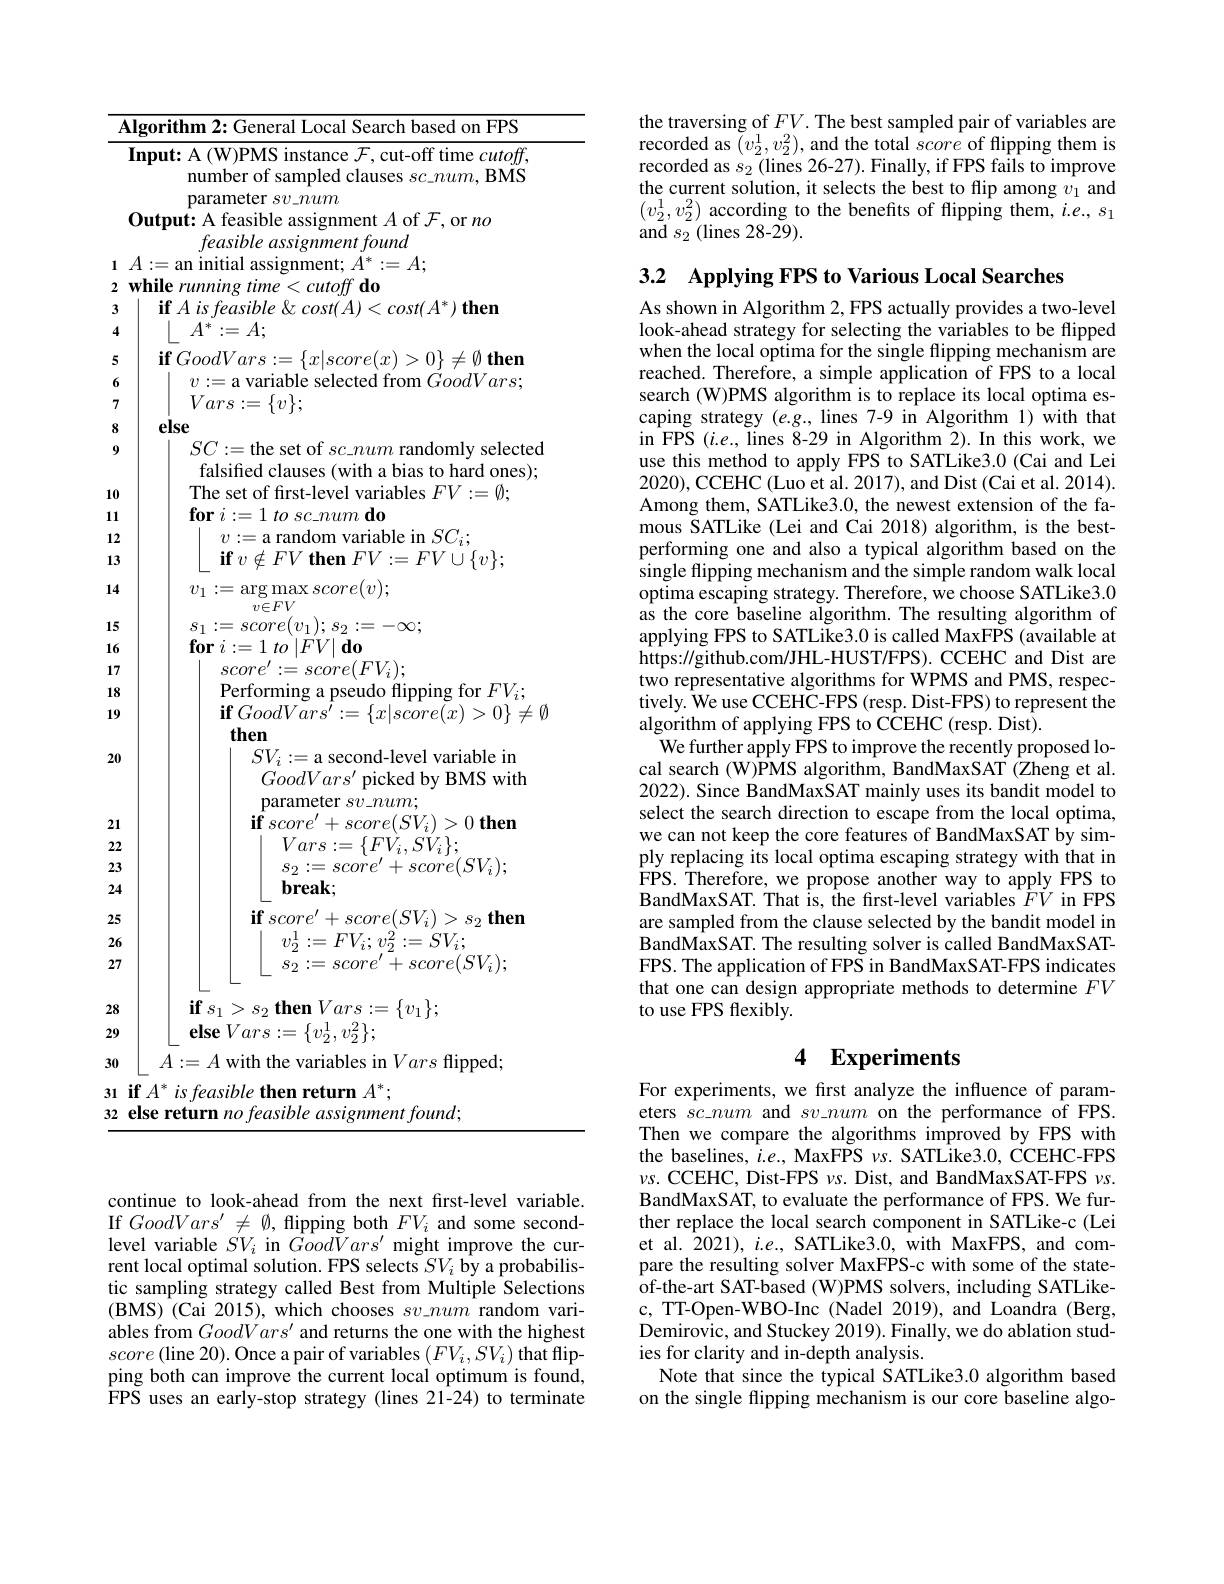
${\textbf{Algorithm 2: General Local Search based on FPS}}$ ${\mathbf{Input:~A~(W)PMS~instance~}\mathcal{F},\mathrm{cut-off~time~}cutoff,}$
number of sampled clauses $sc\_num$, BMS
parameter $sv\_\bar{num}$
Output: A feasible assignment $A$ of $\mathcal{F}$,or $no$
feasible assignment found
$1~A:=$an initial assignment$;~\bar{A}^*:=A;$
2 while running time<cutoff do
3
$\textbf{if }A\textit{is feasible \& cost}( A) < cost( A^* ) \textbf{ then}$
4
 $A^{* }: = A;$
5
$\mathbf{if}GoodVars:=\{x|score(x)>0\}\neq\emptyset$then
6
$v:=$a variable selected from $GoodVars;$
7
$Vars:=\{v\};$
else
89
$SC:=$the set of $sc\_num$ randomly selected falsified clauses (with a bias to hard ones); The set of first-level variables $FV:=\emptyset;$
10
$\textbf{for }i: = 1\textit{to sc\_ num do}$
1112
$v:=$a random variable in $SC_i;$
13
$\textbf{if}v\notin FV\textbf{ then }FV: = FV\cup \{ v\} ;$
14
$v_{1}:=\arg\max score(v);$
1516
$\begin{array}{c}{s_{1}:=score(v_{1});s_{2}:=-\infty;}\\{\mathbf{for~}i:=1\:to\:|FV|\:\mathbf{do}}\\{\left|\begin{array}{c}{score^{\prime}:=score(FV_{i});}\\\end{array}\right.}\end{array}$
17
Performing a pseudo flipping for $FV_{i};$
1819
$\mathbf{if}GoodV\tilde{ars^{\prime}}:=\{x|\tilde{score(x)}>0\}\neq\emptyset$
then
$SV_i:=$a second-level variable in
20
$GoodVars^{\prime}$ picked by BMS with
parameter $sv\_num;$
21
$\mathbf{if}score^{\prime }+ score( SV_{i}) > 0\textbf{then}$
22
$Vars:=\{F\dot{V}_{i},S\ddot{V}_{i}\};$
23
$\begin{array}{l}{s_{2}:=score^{\prime}+score(SV_{i});}\\{\textbf{break;}}\end{array}$
2425
$\textbf{if}score^{\prime }+ score( SV_{i}) > s_{2}\textbf{then}$
26
$\begin{array}{l}{v_{2}^{1}:=FV_{i};v_{2}^{2}:=SV_{i};}\\{s_{2}:=score^{\prime}+score(SV_{i});}\end{array}$
27
$\textbf{if}s_{1}> s_{2}\textbf{ then }Vars: = \{ v_{1}\} ;$
2829
$\textbf{else}Vars: = \{ v_{2}^{1}, v_{2}^{2}\} ;$
30
$A:=A$ with the variables in Vars flipped;
31 if $A^*$ is feasible then return $A^*;$
32 else return no feasible assignment found;

the traversing of $FV.$ The best sampled pair of variables are recorded as $(v_{2}^{1},v_{2}^{2})$,and the total score of flipping them is recorded as $s_2$ (lines 26-27). Finally, if FPS fails to improve the current solution, it selects the best to flip among $v_1$ and $(v_2^1,v_2^2)$ according to the benefts of flipping them, $i.e.,s_1$ ${\mathrm{and~}s_{2}}($lines 28-29).

3.2 $\textbf{Applying FPS to Various Local Searches}$
As shown in Algorithm 2, FPS actually provides a two-level look-ahead strategy for selecting the variables to be flipped when the local optima for the single flipping mechanism are reached. Therefore, a simple application of FPS to a local search (W)PMS algorithm is to replace its local optima escaping strategy $(e.g.$, lines 7-9 in Algorithm 1) with that in FPS $(i.e.$, lines 8-29 in Algorithm 2). In this work, we use this method to apply FPS to SATLike3.0 (Cai and Lei 2020),CCEHC(Luo et al. 2017), and Dist (Cai et al. 2014). Among them, SATLike3.0, the newest extension of the famous SATLike (Lei and Cai 2018) algorithm, is the bestperforming one and also a typical algorithm based on the single flipping mechanism and the simple random walk local optima escaping strategy. Therefore, we choose SATLike3.0 as the core baseline algorithm. The resulting algorithm of applying FPS to SATLike3.0 is called MaxFPS (available at https://github.com/JHL-HUST/FPS).CCEHC and Dist are two representative algorithms for WPMS and PMS, respectively. We use CCEHC-FPS (resp. Dist-FPS) to represent the algorithm of applying FPS to CCEHC (resp. Dist).
We further apply FPS to improve the recently proposed local search (W)PMS algorithm, BandMaxSAT (Zheng et al. 2022). Since BandMaxSAT mainly uses its bandit model to select the search direction to escape from the local optima, we can not keep the core features of BandMaxSAT by simply replacing its local optima escaping strategy with that in FPS. Therefore, we propose another way to apply FPS to BandMaxSAT. That is, the frst-level variables $\hat{FV}$ in FPS are sampled from the clause selected by the bandit model in BandMaxSAT. The resulting solver is called BandMaxSATFPS. The application of FPS in BandMaxSAT-FPS indicates that one can design appropriate methods to determine $FV$ to use FPS flexibly.

# 4 Experiments

For experiments, we fırst analyze the influence of parameters $\tilde {sc}\textit{num and sv\_ num on the performance of FPS. }$ Then we compare the algorithms improved by FPS with the baselines, $i.e.$, MaxFPS $\nu s.$ SATLike3.0, CCEHC-FPS $\nu s.$ CCEHC, Dist-FPS $\nu s.$ Dist, and BandMaxSAT-FPS $\nu s.$ BandMaxSAT, to evaluate the performance of FPS. We further replace the local search component in SATLike-c (Lei et al. 2021), $i.e.$, SATLike3.0, with MaxFPS, and compare the resulting solver MaxFPS-c with some of the stateof-the-art SAT-based (W)PMS solvers, including SATLikec, TT-Open-WBO-Inc (Nadel 2019), and Loandra (Berg, Demirovic, and Stuckey 2019). Finally, we do ablation studies for clarity and in-depth analysis.
Note that since the typical SATLike3.0 algorithm based on the single flipping mechanism is our core baseline algo-

continue to look-ahead from the next first-level variable. If $GoodVars^{\prime}\neq\emptyset$, flipping both $FV_{i}$ and some secondlevel variable $SV_{i}$ in $GoodVars^{\prime}$ might improve the current local optimal solution. FPS selects $SV_i$ by a probabilistic sampling strategy called Best from Multiple Selections (BMS) (Cai 2015), which chooses $sv\_num$ random variables from $GoodVars^\prime$ and returns the one with the highest $score\left(\mathrm{line~20}\right).$Once a pair of variables $\left(FV_{i},SV_{i}\right)$that flipping both can improve the current local optimum is found, $\hat{\text{FPS uses an early-stop strategy(lines 21-24) to terminate}}$